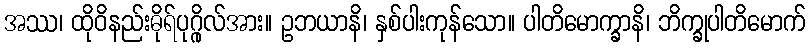
အဿ၊ ထိုဝိနည်းဓိုရ်ပုဂ္ဂိုလ်အား။ ဥဘယာနိ၊ နှစ်ပါးကုန်သော။ ပါတိမောက္ခာနိ၊ ဘိက္ခုပါတိမောက်